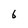
Character: 6